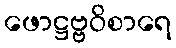
ဖောဋ္ဌဗ္ဗဝိစာရေ